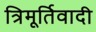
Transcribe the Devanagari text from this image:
त्रिमूर्तिवादी